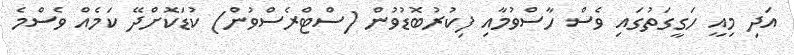
އަދި މިއީ ހަގީގަތުގައި ވެސް ހާސްވުމާއި ފިކުރުބޮޑުވުން (ސްޓްރެސްވުން) ކުޑަކޮށްދޭ ކަމެއް ވެސްމެ